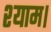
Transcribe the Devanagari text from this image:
श्याम।